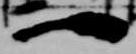
一